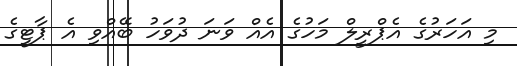
މި އަހަރުގެ އެޕްރީލް މަހުގެ އެއް ވަނަ ދުވަހު ބޭއްވި އެ ޕާޓީގެ